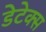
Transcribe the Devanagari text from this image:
डेटेक्स